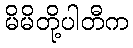
မိမိတို့ပါတီက